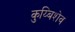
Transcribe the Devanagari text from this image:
कुय्बिशेव